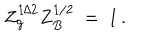
Z _ { g } ^ { 1 / 2 } Z _ { B } ^ { 1 / 2 } \ = \ 1 \, .